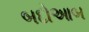
બદોઆબ